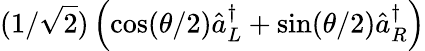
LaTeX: (1/\sqrt{2})\left(\cos(\theta/2)\hat{a}_{L}^{\dagger}+\sin(\theta/2)\hat{a}_{R}^{\dagger}\right)